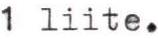
1 liite.